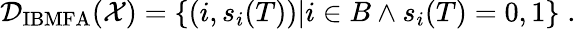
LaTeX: \mathcal{D}_{\textrm{IBMFA}}(\mathcal{X})=\{ (i,s_{i}(T))|i\in B\land s_{i}(T)=0,1\} \; .